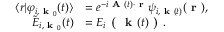
\begin{array} { r l } { \langle r \lvert \varphi _ { i , \textbf { k } _ { 0 } } ( t ) \rangle } & { = e ^ { - i \textbf { A } ( t ) \cdot \textbf { r } } \psi _ { i , \textbf { k } ( t ) } ( \textbf { r } ) , } \\ { \widetilde { E } _ { i , \textbf { k } _ { 0 } } ( t ) } & { = E _ { i } \textbf { ( } \textbf { k } ( t ) \textbf { ) } . } \end{array}